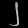
Digit: ၂